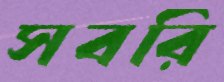
সবরি